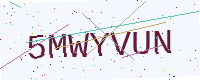
Text: 5MWYVUN